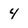
Character: 4